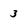
Character: 3